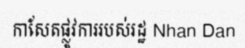
កាសែតផ្លូវការរបស់រដ្ឋ Nhan Dan